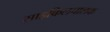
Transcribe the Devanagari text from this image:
साइकिलचालक